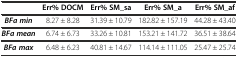
|  | Err% DOCM | Err% SM_sa | Err% SM_a | Err% SM_af |
 | --- | --- | --- | --- | --- |
 | BFa min | 8.27 ± 8.28 | 31.39 ± 10.79 | 182.82 ± 157.19 | 44.28 ± 43.40 |
 | BFa mean | 6.74 ± 6.73 | 33.26 ± 10.81 | 153.21 ± 141.72 | 36.51 ± 38.64 |
 | BFa max | 6.48 ± 6.23 | 40.81 ± 14.67 | 114.14 ± 111.05 | 25.47 ± 25.74 |